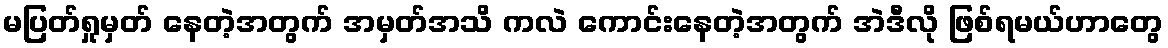
မပြတ်ရှုမှတ် နေတဲ့အတွက် အမှတ်အသိ ကလဲ ကောင်းနေတဲ့အတွက် အဲဒီလို ဖြစ်ရမယ်ဟာတွေ